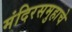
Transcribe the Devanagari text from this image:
मंदिरसमुहाचे